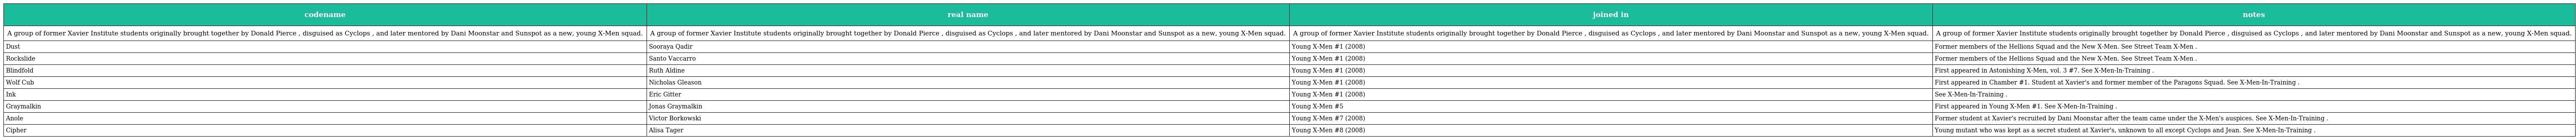
| codename | real name | joined in | notes |
 | --- | --- | --- | --- |
 | A group of former Xavier Institute students originally brought together by Donald Pierce , disguised as Cyclops , and later mentored by Dani Moonstar and Sunspot as a new, young X-Men squad. | A group of former Xavier Institute students originally brought together by Donald Pierce , disguised as Cyclops , and later mentored by Dani Moonstar and Sunspot as a new, young X-Men squad. | A group of former Xavier Institute students originally brought together by Donald Pierce , disguised as Cyclops , and later mentored by Dani Moonstar and Sunspot as a new, young X-Men squad. | A group of former Xavier Institute students originally brought together by Donald Pierce , disguised as Cyclops , and later mentored by Dani Moonstar and Sunspot as a new, young X-Men squad. |
 | Dust | Sooraya Qadir | Young X-Men #1 (2008) | Former members of the Hellions Squad and the New X-Men. See Street Team X-Men . |
 | Rockslide | Santo Vaccarro | Young X-Men #1 (2008) | Former members of the Hellions Squad and the New X-Men. See Street Team X-Men . |
 | Blindfold | Ruth Aldine | Young X-Men #1 (2008) | First appeared in Astonishing X-Men, vol. 3 #7. See X-Men-In-Training . |
 | Wolf Cub | Nicholas Gleason | Young X-Men #1 (2008) | First appeared in Chamber #1. Student at Xavier's and former member of the Paragons Squad. See X-Men-In-Training . |
 | Ink | Eric Gitter | Young X-Men #1 (2008) | See X-Men-In-Training . |
 | Graymalkin | Jonas Graymalkin | Young X-Men #5 | First appeared in Young X-Men #1. See X-Men-In-Training . |
 | Anole | Victor Borkowski | Young X-Men #7 (2008) | Former student at Xavier's recruited by Dani Moonstar after the team came under the X-Men's auspices. See X-Men-In-Training . |
 | Cipher | Alisa Tager | Young X-Men #8 (2008) | Young mutant who was kept as a secret student at Xavier's, unknown to all except Cyclops and Jean. See X-Men-In-Training . |